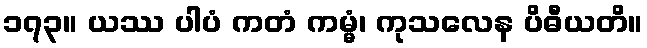
၁၇၃။ ယဿ ပါပံ ကတံ ကမ္မံ၊ ကုသလေန ပိဓီယတိ။